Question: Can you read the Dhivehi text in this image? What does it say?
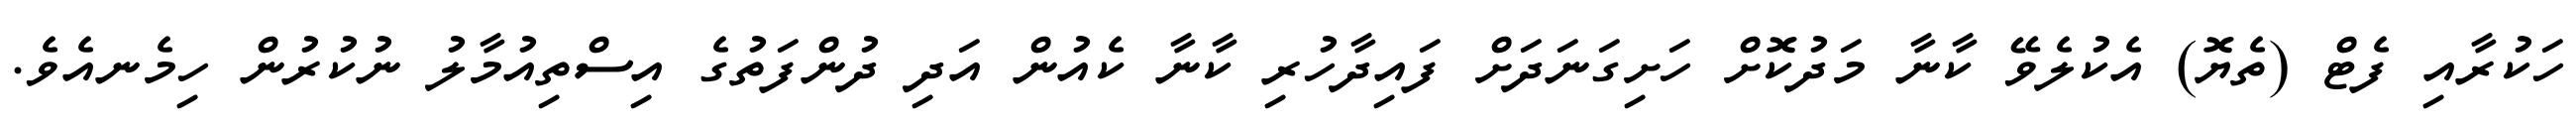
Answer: ހަކުރާއި ފެޓް (ތެޔޮ) އެކުލެވޭ ކާނާ މަދުކޮށް ހަށިގަނަދަށް ފައިދާހުރި ކާނާ ކެއުން އަދި ދުންފަތުގެ އިސްތިއުމާލު ނުކުރުން ހިމެނއެވެ.